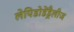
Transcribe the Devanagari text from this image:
लेपिडोडेंड्रैलीज